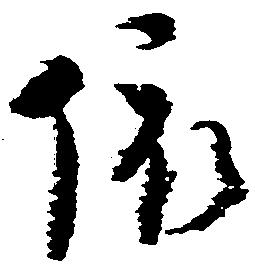
依